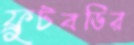
ফ্রুটবডির